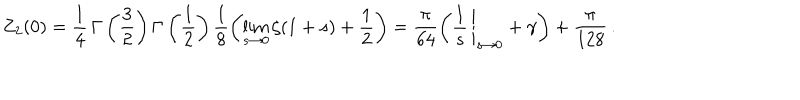
Z _ { 2 } ( 0 ) = \frac { 1 } { 4 } \, \Gamma \left( \frac { 3 } { 2 } \right) \Gamma \left( \frac { 1 } { 2 } \right) \frac { 1 } { 8 } \left( \lim _ { s \to 0 } ^ { } \zeta ( 1 + s ) + \frac { 1 } { 2 } \right) = \frac { \pi } { 6 4 } \left( \left. \frac { 1 } { s } \, \right| _ { s \to 0 } + \gamma \right) + \frac { \pi } { 1 2 8 } \, { . }